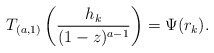
\begin{align*}T_{(a,1)} \left( \frac{h_k}{(1-z)^{a-1}}\right) = \Psi(r_k).\end{align*}